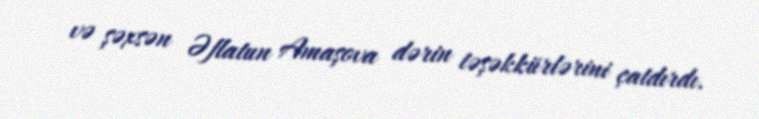
və şəxsən Əflatun Amaşova dərin təşəkkürlərini çatdırdı.